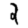
Digit: 2